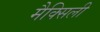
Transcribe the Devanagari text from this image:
मैक्सिली